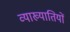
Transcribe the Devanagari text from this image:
व्याख्यातियों